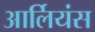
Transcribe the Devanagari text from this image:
आर्लियंस